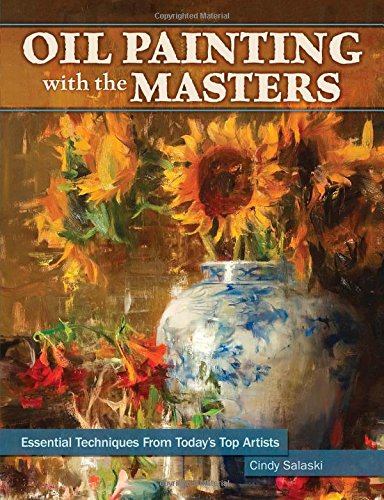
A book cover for Oil Painting with the Masters: Essential Techniques from Today's Top Artists; Cindy Salaski; Arts & Photography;